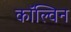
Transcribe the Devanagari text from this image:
काॅल्विन